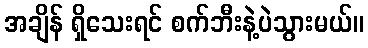
အချိန် ရှိသေးရင် စက်ဘီးနဲ့ပဲသွားမယ်။